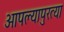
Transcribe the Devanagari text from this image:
आपल्यापुरत्या